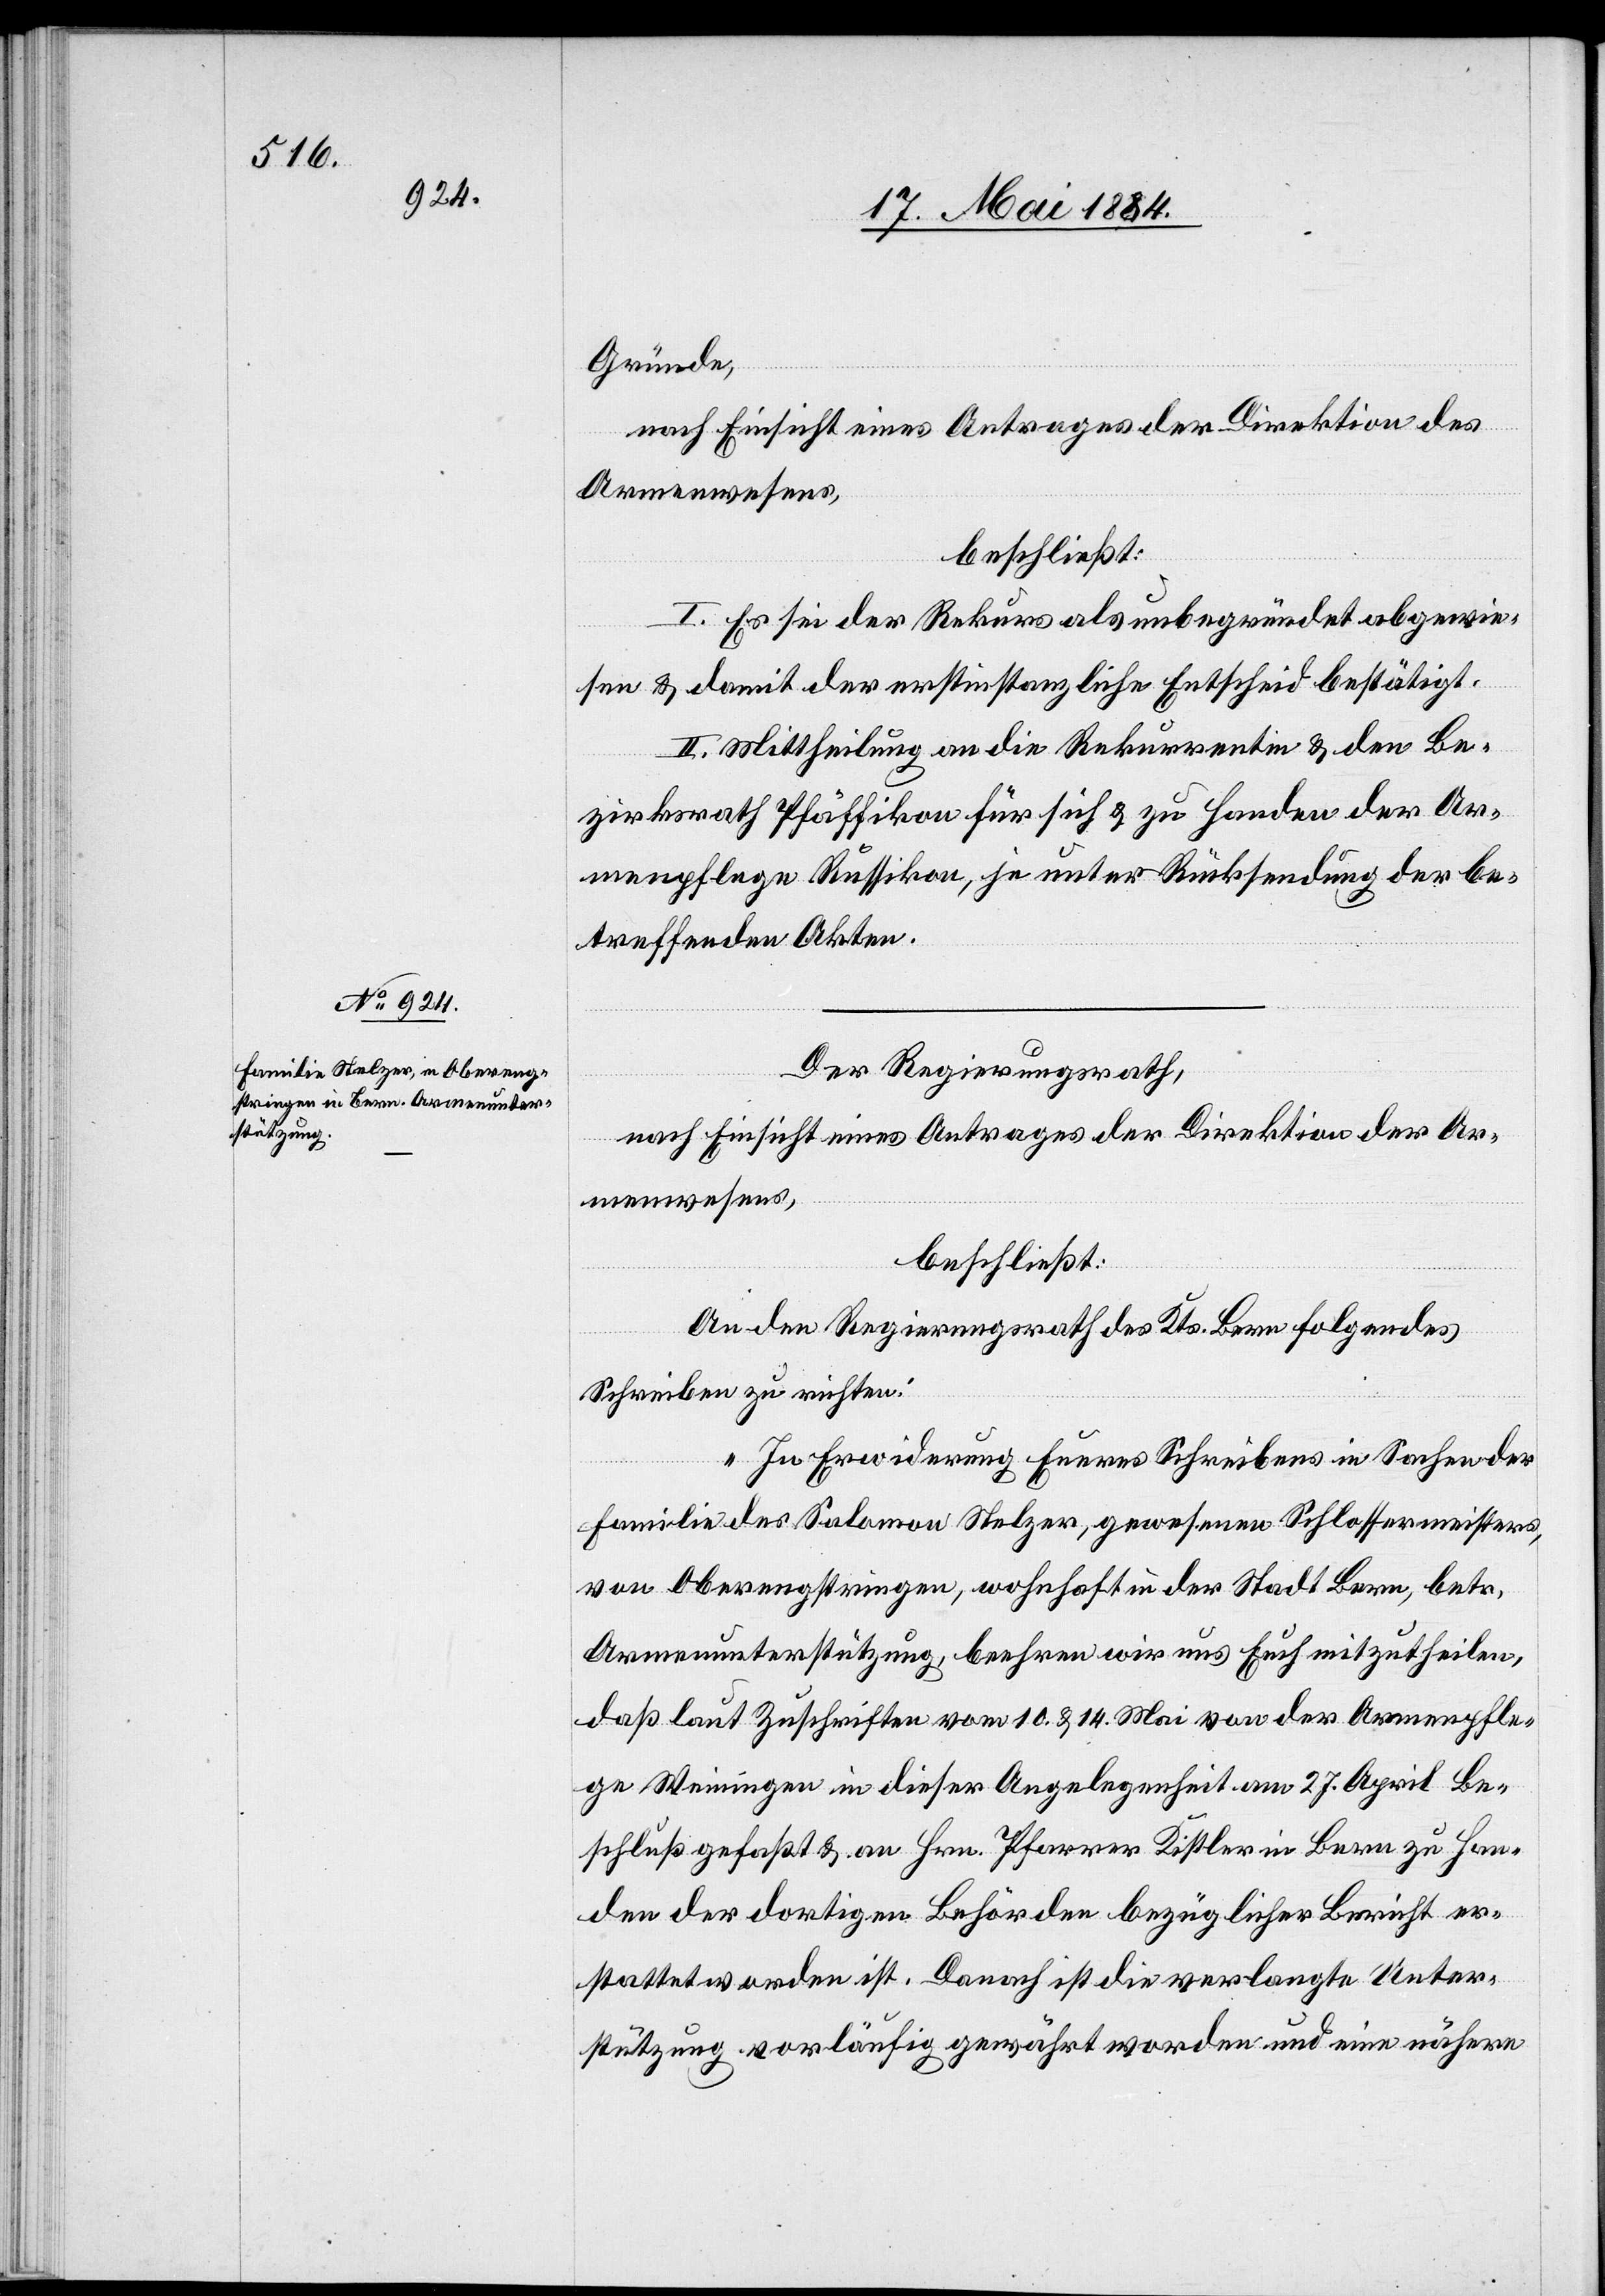
Gründe,
nach Einsicht eines Antrages der Direktion der
Armenwesens,
beschließt:
I. Es sei der Rekurs als unbegründet abgewie¬
sen & damit der erstinstanzliche Entscheid bestätigt.
II. Mittheilung an die Rekurrentin & den Be¬
zirksrath Pfäffikon für sich & zu Handen der Ar¬
menpflege Russikon, je unter Rücksendung der be¬
treffenden Akten.
Der Regierungsrath,
An den Regierungsrath des Kts. Bern folgendes
Schreiben zu richten:
„In Erwiderung Eueres Schreibens in Sachen der
Familie des Salomon Stelzer, gewesenen Schlossermeisters,
von Oberengstringen, wohnhaft in der Stadt Bern, betr.
Armenunterstützung, beehren wir uns Euch mitzutheilen,
daß laut Zuschriften vom 10. & 14. Mai von der Armenpfle¬
ge Weiningen in dieser Angelegenheit am 27. April Be¬
schluß gefaßt & an Hrn. Pfarrer Kistler in Bern zu Han¬
den der dortigen Behörden bezüglicher Bericht er¬
stattet worden ist. Danach ist die verlangte Unter¬
stützung vorläufig gewährt worden und eine nähere